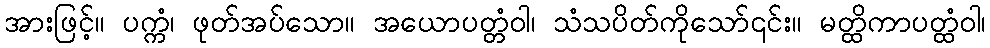
အားဖြင့်။ ပက္ကံ၊ ဖုတ်အပ်သော။ အယောပတ္တံဝါ၊ သံသပိတ်ကိုသော်၎င်း။ မတ္ထိကာပတ္ထံဝါ၊